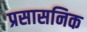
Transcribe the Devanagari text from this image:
प्रसासनिक